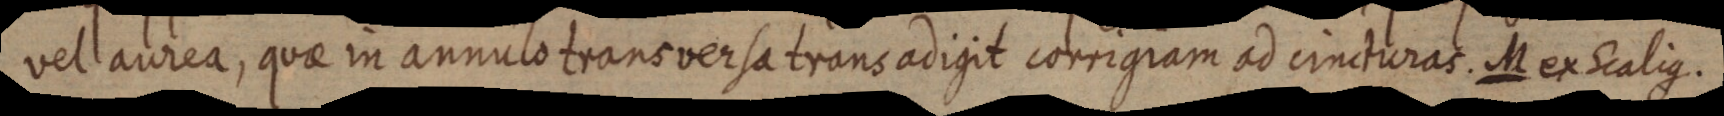
vel aurea, quae in annulo trans versa trans adigit corrigiam ad cincturas. M ex Scalique.